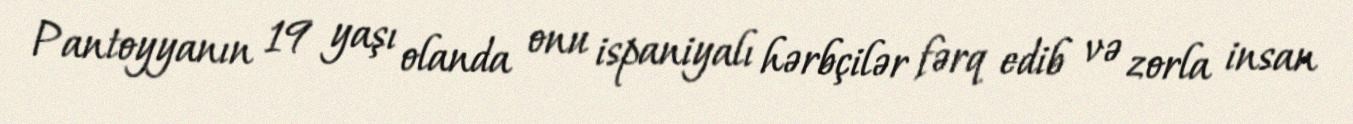
Pantoyyanın 19 yaşı olanda onu ispaniyalı hərbçilər fərq edib və zorla insan